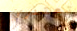
تعتذري